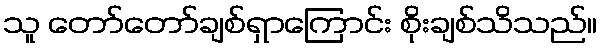
သူ တော်တော်ချစ်ရှာကြောင်း စိုးချစ်သိသည်။